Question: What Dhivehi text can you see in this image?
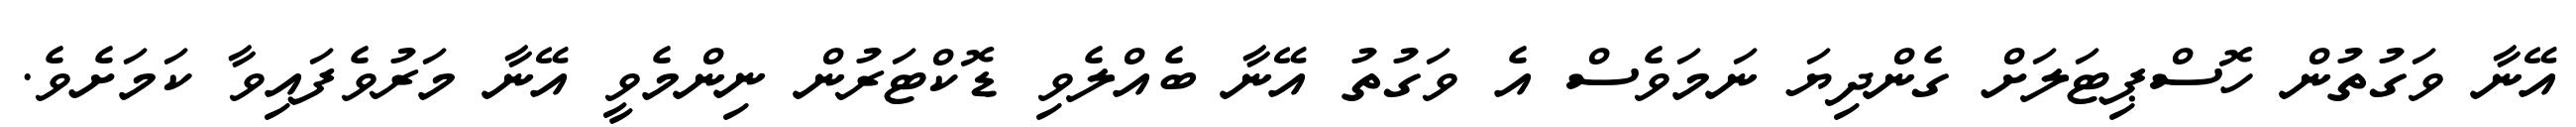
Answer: އޭނާ ވަގުތުން ހޮސްޕިޓަލަށް ގެންދިޔަ ނަމަވެސް އެ ވަގުތު އޭނާ ބެއްލެވި ޑޮކްޓަރުން ނިންމެވީ އޭނާ މަރުވެފައިވާ ކަމަށެވެ.